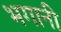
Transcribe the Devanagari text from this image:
भगानी